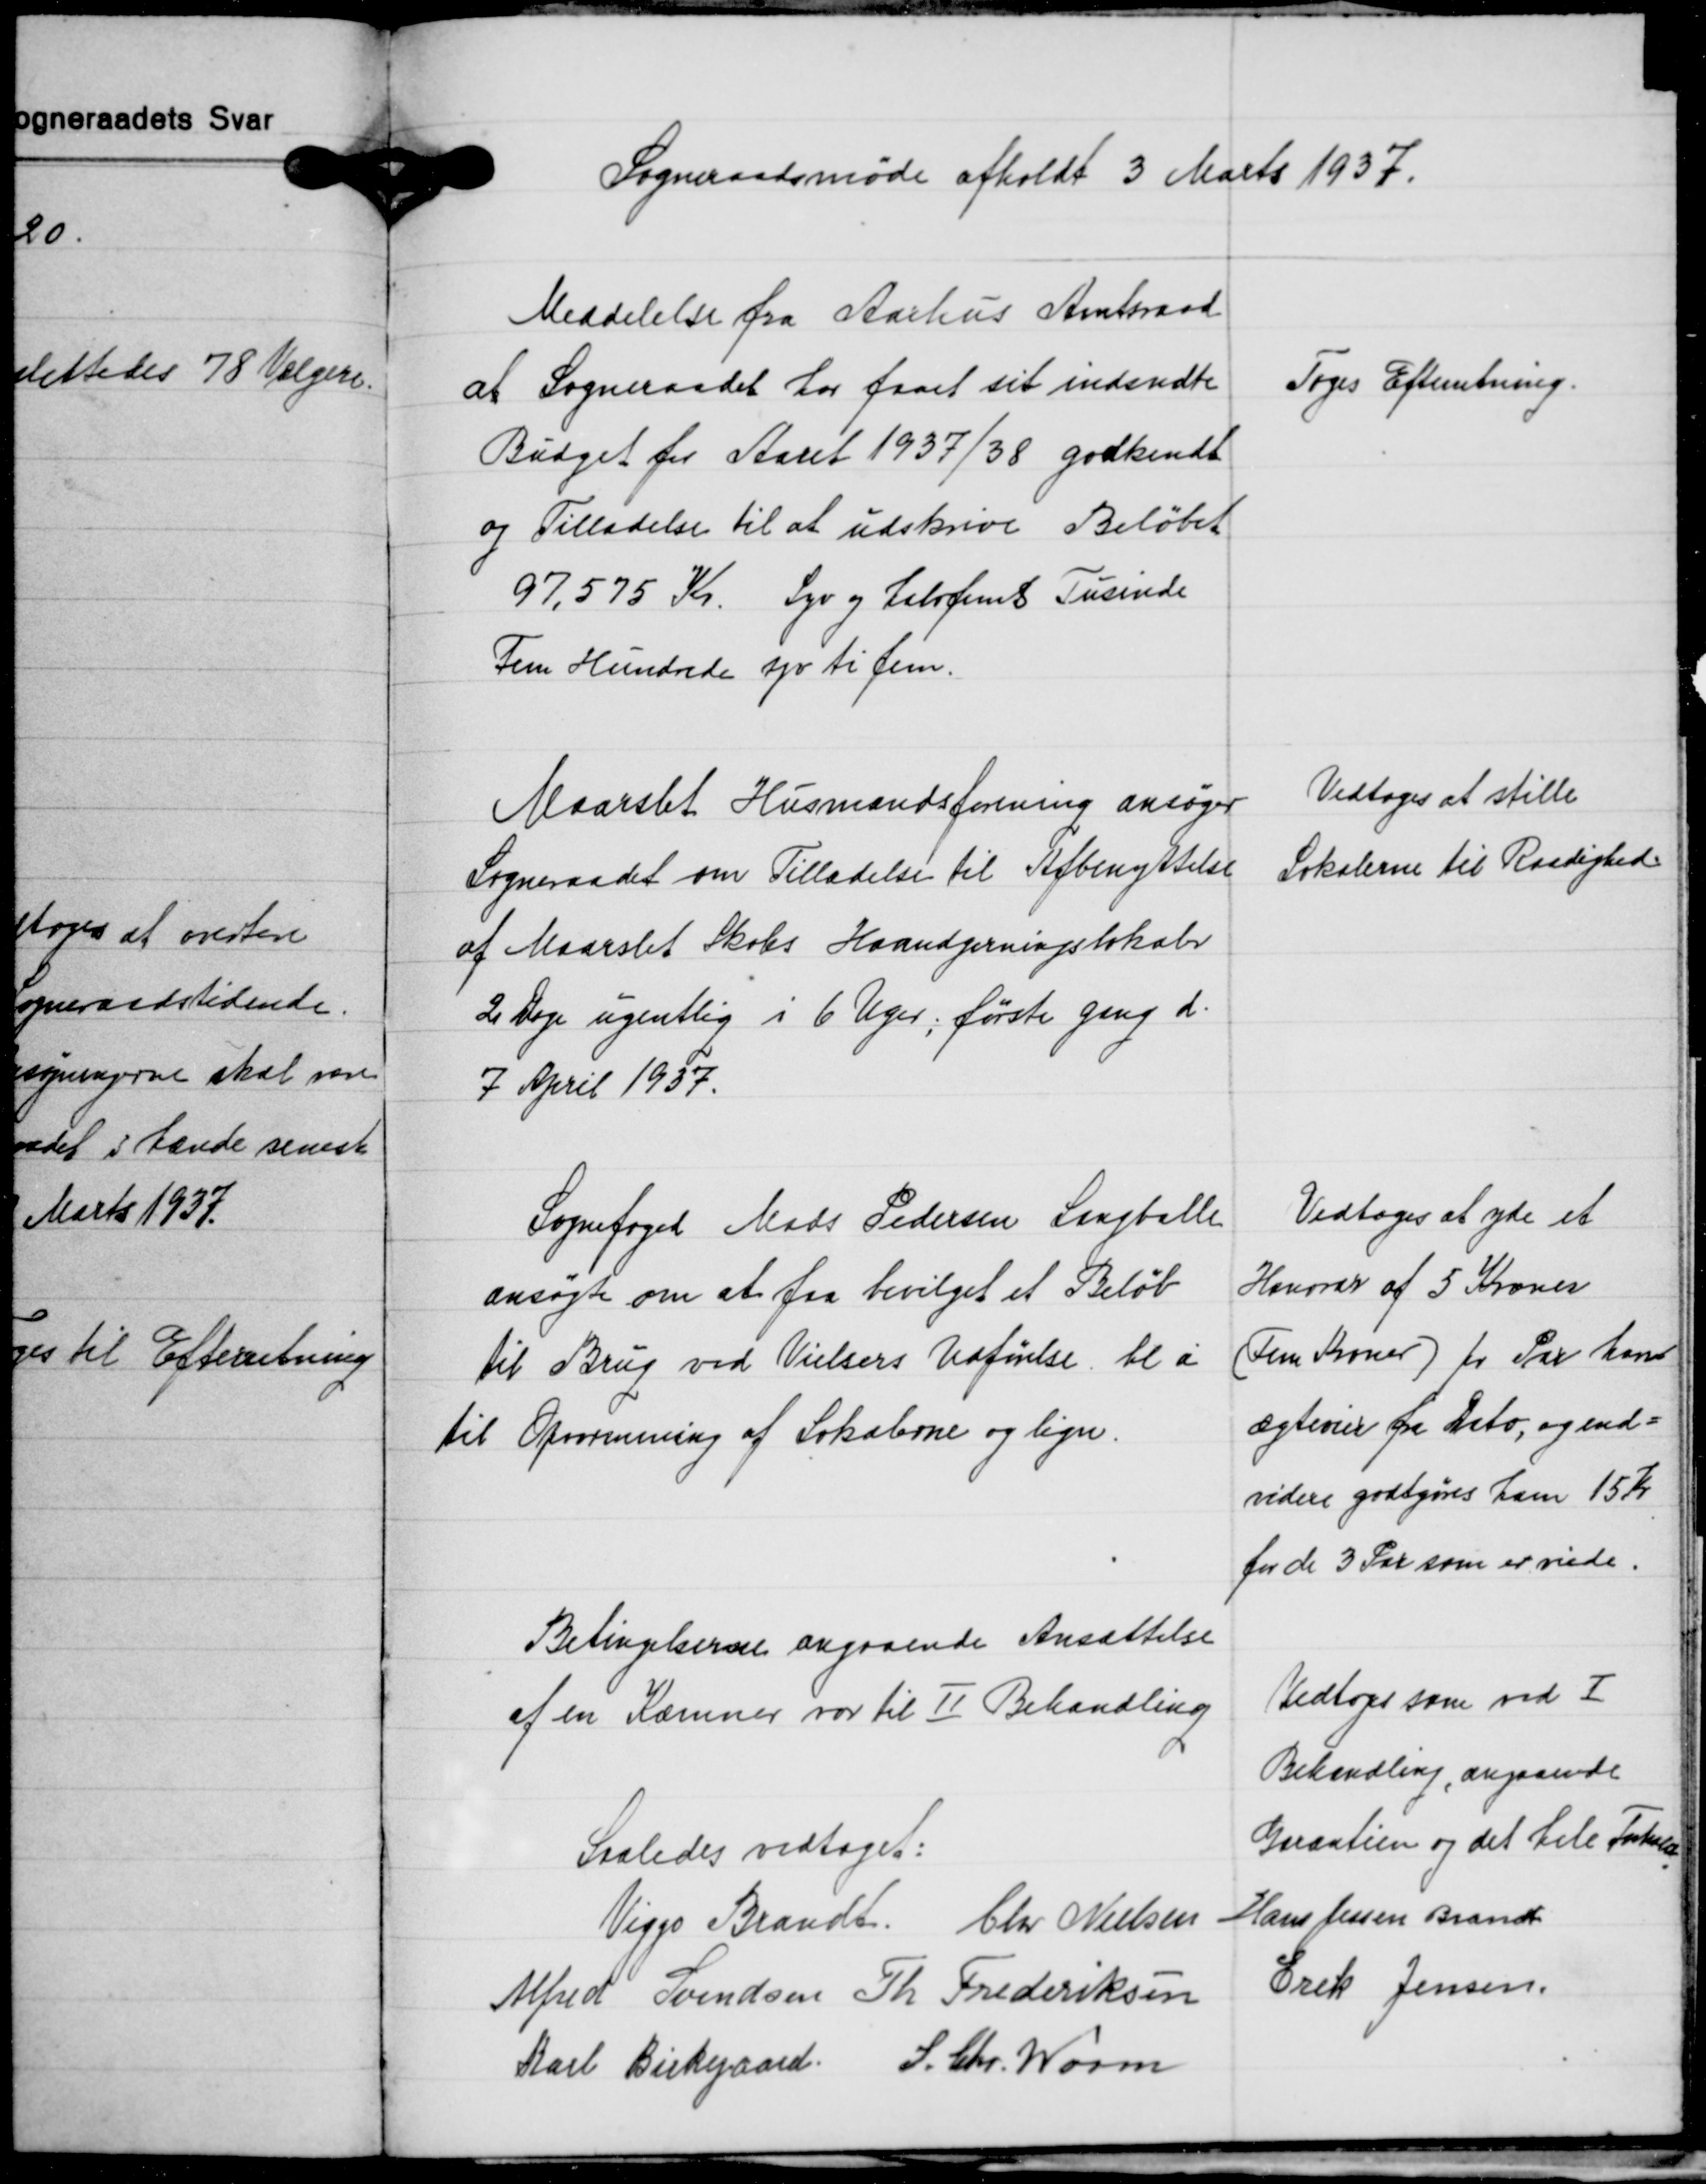
Transskription:
Sogneraadsmøde afholdt 3 Marts 1937.

Meddelelse fra Aarhus Amtsraad
at Sogneraadet har faaet sit indsendte
Budget for Aaret 1937/38 godkendt
og Tilladelse til at udskrive Beløbet
97.575 Kr. Syv og Halvfems Tusinde
Fem Hundrede syv ti fem.

Toges Efterretning.

Maarslet Husmandsforening ansøger
Sogneraadet om Tilladelse til Afbenyttelse
af Maarslet Skoles Haandgerningslokaler
2 Dage ugentlig i 6 Uger; første gang d.
7 April 1957.

Vedtoges at stille
Lokalerne til Raadighed

Sognefoged Mads Pedersen Langballe
ansøgte om at faa bevilget et Beløb
til Brug ved Vielsers Udførelse bl. a.
til Opvarmning af Lokalerne og lign.

Vedtoges at yde et
Honorar af 5 Kroner
(Fem Kroner) pr. Par han
ægtevier fra Dato, og end-
videre godtgøres ham 15 Kr.
for de 3 Par som er viede.

Betingelserne angaaende Ansættelse
af en Kæmner var til Ⅱ Behandling

Vedtoges som ved Ⅰ
Behandling, angaaende
Garantien og det hele Forhold

Saaledes vedtaget:

Viggo Brandt Chr. Nielsen Hans Jessen Brandt
Erik Jensen
Alfred Svendsen Th. Frederiksen
Karl Birkegaard S. Chr. Worm